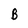
Character: B